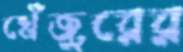
খেঁজুরের